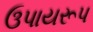
ઉપાયરૂપ